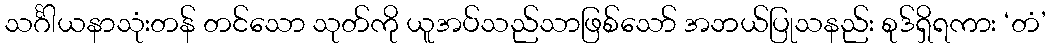
သင်္ဂါယနာသုံးတန် တင်သော သုတ်ကို ယူအပ်သည်သာဖြစ်သော် အဘယ်ပြုသနည်း စုဒ်ရှိရကား ‘တံ’